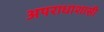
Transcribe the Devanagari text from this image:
अपराधाशास़ी